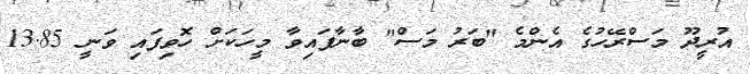
އުރީދޫ މަސްރޭހުގެ އެންމެ "ބަރު މަސް" ބާނާފައިވާ މީހަކަށް ހޮވިފައި ވަނީ 13.85